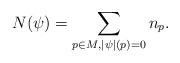
\begin{align*}N(\psi)=\sum_{p\in M,|\psi|(p)=0}n_p.\end{align*}